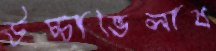
উচ্চাভিলাষ